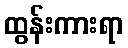
ထွန်းကားရာ